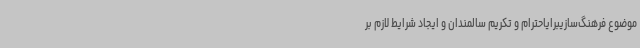
موضوع فرهنگ‌سازیبرایاحترام و تکریم سالمندان و ایجاد شرایط لازم بر